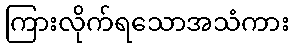
ကြားလိုက်ရသောအသံကား